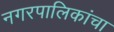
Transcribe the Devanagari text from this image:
नगरपालिकांचा